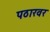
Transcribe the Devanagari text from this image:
पठारवर